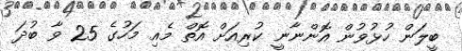
ބީލަން ހުޅުވުން އޮންނާނީ ކުރިއަށް އޮތް މެއި މަހުގެ 25 ވާ ބުދަ